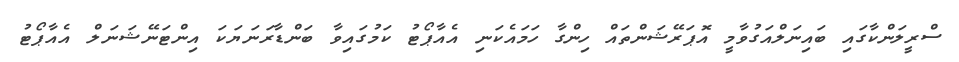
ސްރީލަންކާގައި ބައިނަލްއަގުވާމީ އޮޕަރޭޝަންތައް ހިންގާ ހަމައެކަނި އެއާޕޯޓު ކަމުގައިވާ ބަންޑާރަނަޔަކަ އިންޓަނޭޝަނަލް އެއާޕޯޓު